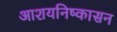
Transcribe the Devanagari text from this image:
आशयनिष्कासन